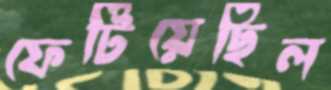
ফেটিয়েছিল